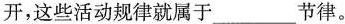
开，这些活动规律就属于___节律。